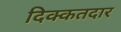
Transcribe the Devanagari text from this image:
दिक्कतदार